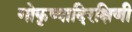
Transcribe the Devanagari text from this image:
गोकृष्यादिरक्षिणी